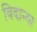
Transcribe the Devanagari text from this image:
विदान्या